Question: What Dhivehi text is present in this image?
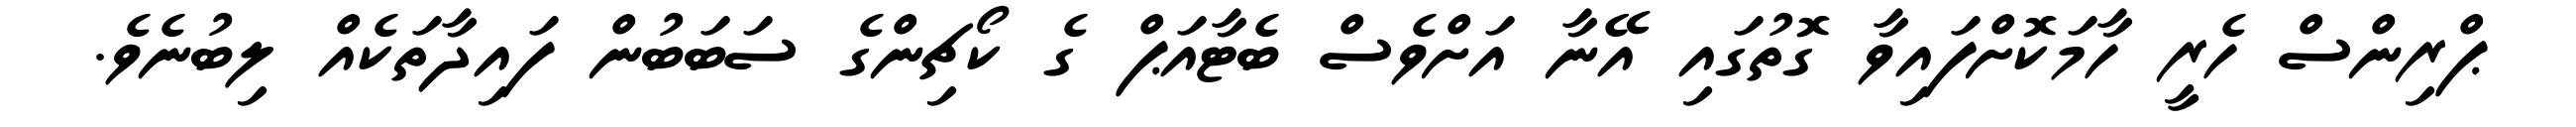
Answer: ޕްރިންސް ހެރީ ހާމަކޮށްފައިވާ ގޮތުގައި އޭނާ އަށްވެސް ބެޓާއަޕް ގެ ކޯޗިންގެ ސަބަބުން ފައިދާތަކެއް ލިބުނެވެ.